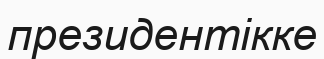
президентікке